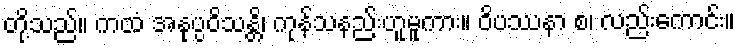
တို့သည်။ ကထံ အနုပ္ပဝိသန္တိ၊ ကုန်သနည်းဟူမူကား။ ဝိပဿနာ စ၊ လည်းကောင်း။